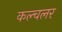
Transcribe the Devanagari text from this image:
कल्चलर